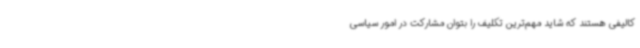
کالیفی هستند که شاید مهم‌ترین تکلیف را بتوان مشارکت در امور سیاسی